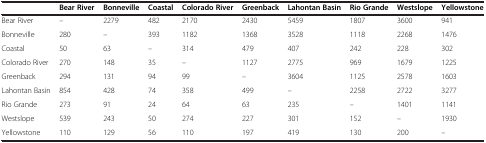
<table><thead><tr><td><b> </b></td><td><b>Bear River</b></td><td><b>Bonneville</b></td><td><b>Coastal</b></td><td><b>Colorado River</b></td><td><b>Greenback</b></td><td><b>Lahontan Basin</b></td><td><b>Rio Grande</b></td><td><b>Westslope</b></td><td><b>Yellowstone</b></td></tr></thead><tbody><tr><td>Bear River</td><td>–</td><td>2279</td><td>482</td><td>2170</td><td>2430</td><td>5459</td><td>1807</td><td>3600</td><td>941</td></tr><tr><td>Bonneville</td><td>280</td><td>–</td><td>393</td><td>1182</td><td>1368</td><td>3528</td><td>1118</td><td>2268</td><td>1476</td></tr><tr><td>Coastal</td><td>50</td><td>63</td><td>–</td><td>314</td><td>479</td><td>407</td><td>242</td><td>228</td><td>302</td></tr><tr><td>Colorado River</td><td>270</td><td>148</td><td>35</td><td>–</td><td>1127</td><td>2775</td><td>969</td><td>1679</td><td>1225</td></tr><tr><td>Greenback</td><td>294</td><td>131</td><td>94</td><td>99</td><td>–</td><td>3604</td><td>1125</td><td>2578</td><td>1603</td></tr><tr><td>Lahontan Basin</td><td>854</td><td>428</td><td>74</td><td>358</td><td>499</td><td>–</td><td>2258</td><td>2722</td><td>3277</td></tr><tr><td>Rio Grande</td><td>273</td><td>91</td><td>24</td><td>64</td><td>63</td><td>235</td><td>–</td><td>1401</td><td>1141</td></tr><tr><td>Westslope</td><td>539</td><td>243</td><td>50</td><td>274</td><td>227</td><td>301</td><td>152</td><td>–</td><td>1930</td></tr><tr><td>Yellowstone</td><td>110</td><td>129</td><td>56</td><td>110</td><td>197</td><td>419</td><td>130</td><td>200</td><td>–</td></tr></tbody></table>